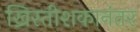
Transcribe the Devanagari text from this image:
ख्रिस्तीशकानंतर